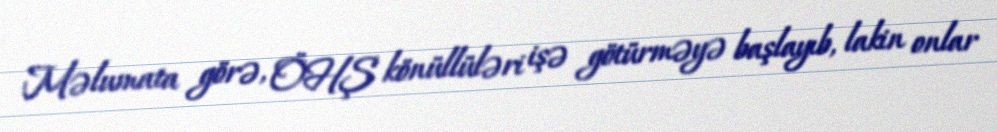
Məlumata görə, ÖHŞ könüllüləri işə götürməyə başlayıb, lakin onlar